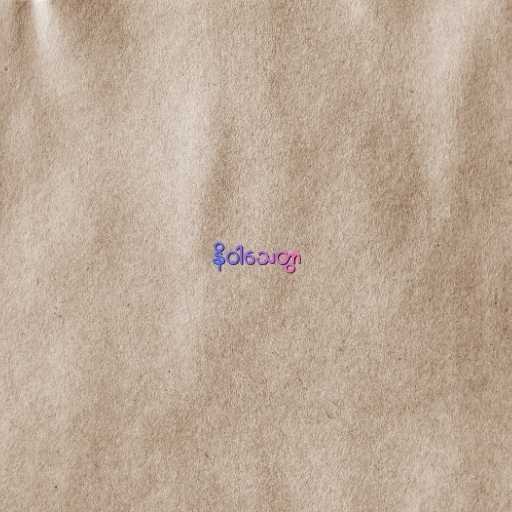
နိဝါသေတွာ